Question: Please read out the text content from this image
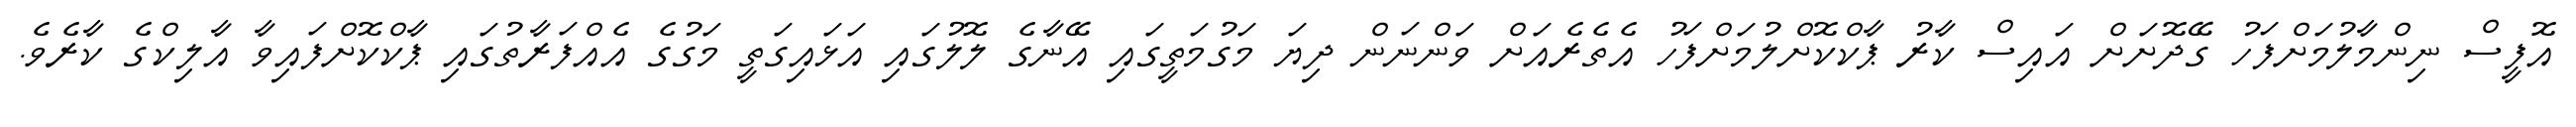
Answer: އޮފީސް ނިންމާލުމަށްފަހު ގޭދޮށަށް އައިސް ކާރު ޕާކްކޮށްލުމަށްފަހު އެތެރެއަށް ވަންނަން ދިޔަ މަގުމަތީގައި އޭނާގެ ލޮލުގައި އަޅައިގަތީ މަގުގެ އެއްފަރާތުގައި ޕާކްކޮށްފައިވާ އާލިކްގެ ކާރެވެ.